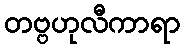
တဗ္ဗဟုလီကာရာ